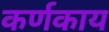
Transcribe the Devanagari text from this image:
कर्णकाय